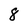
Character: 8